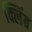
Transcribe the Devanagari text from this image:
क्लिंब